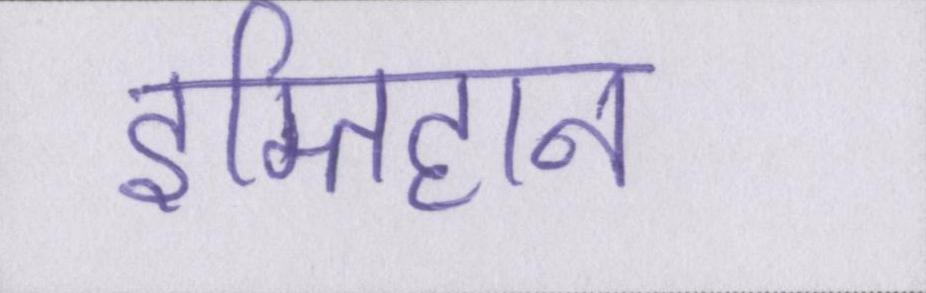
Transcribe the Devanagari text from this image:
इम्तिहान